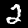
Digit: 2